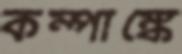
কম্পাঙ্কে